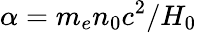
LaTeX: \alpha=m_{e}n_{0}c^{2}/H_{0}